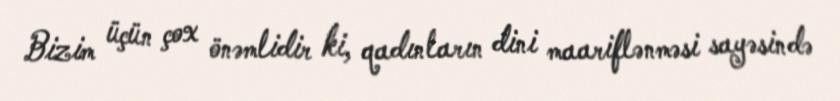
Bizim üçün çox önəmlidir ki, qadınların dini maariflənməsi sayəsində